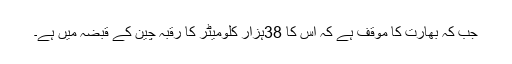
جب کہ بھارت کا موقف ہے کہ اس کا 38ہزار کلومیٹر کا رقبہ چین کے قبضہ میں ہے۔